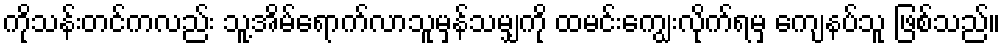
ကိုသန်းတင်ကလည်း သူ့အိမ်ရောက်လာသူမှန်သမျှကို ထမင်းကျွေးလိုက်ရမှ ကျေနပ်သူ ဖြစ်သည်။